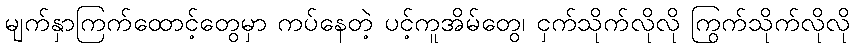
မျက်နှာကြက်ထောင့်တွေမှာ ကပ်နေတဲ့ ပင့်ကူအိမ်တွေ၊ ငှက်သိုက်လိုလို ကြွက်သိုက်လိုလို